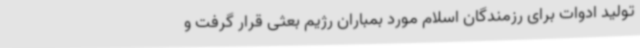
تولید ادوات برای رزمندگان اسلام مورد بمباران رژیم بعثی قرار گرفت و